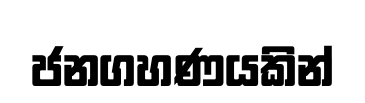
ජනගහණයකින්